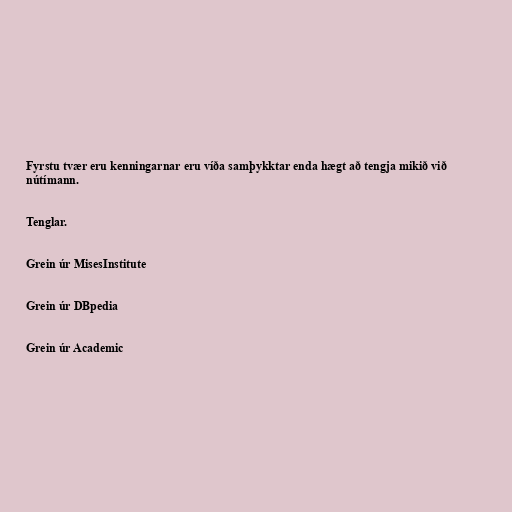
Fyrstu tvær eru kenningarnar eru víða samþykktar enda hægt að tengja mikið við
nútímann.

Tenglar.

Grein úr MisesInstitute

Grein úr DBpedia

Grein úr Academic